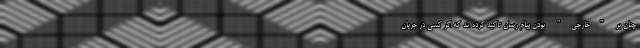
چنان بر "خارجی" بودن پیام رسان تاکید کرده اند که اگر کسی در جریان